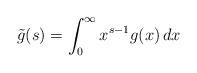
LaTeX: \begin{align*}\tilde g(s) = \int_0^\infty x^{s - 1} g(x) \, d x\end{align*}